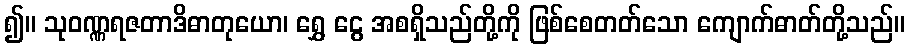
၍။ သုဝဏ္ဏရဇတာဒိဓာတုယော၊ ရွှေ ငွေ အစရှိသည်တို့ကို ဖြစ်စေတတ်သော ကျောက်ဓာတ်တို့သည်။